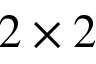
2 \times 2